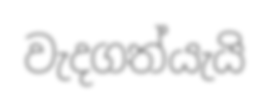
වැදගත්යැයි